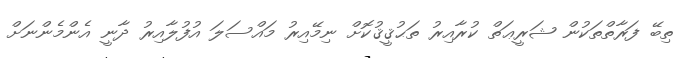
ތިބޭ ފަރާތްތަކުން ޝަރީޢަތް ކުރާއިރު ތަޙުޤީޤުކޮށް ނިމޭއިރު މައްސަލަ އުފުލާއިރު ދާނީ އެންމެންނަށް